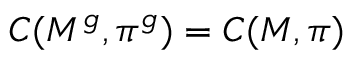
C ( M ^ { g } , \pi ^ { g } ) = C ( M , \pi )